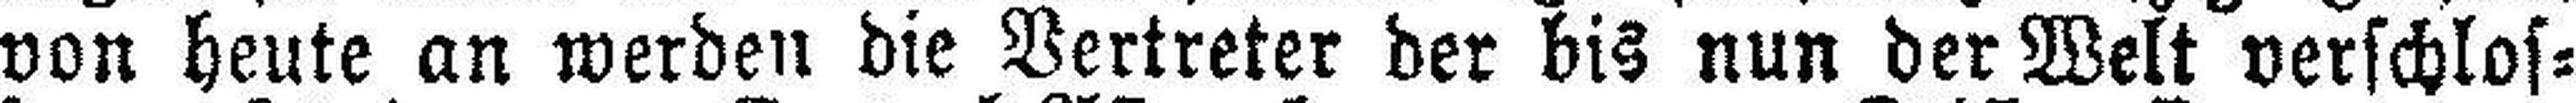
von heute an werden die Vertreter der bis nun der Welt verschlos¬